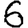
Digit: 6